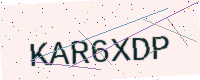
Text: KAR6XDP